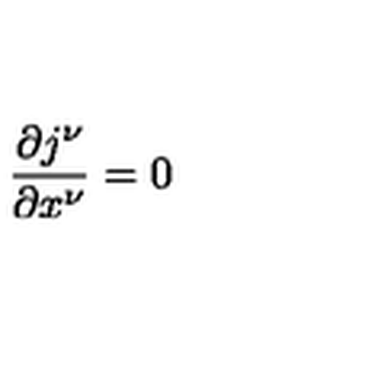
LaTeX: \frac { \partial j ^ { \nu } } { \partial x ^ { \nu } } = 0